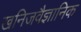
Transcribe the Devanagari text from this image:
खनिजवैज्ञानिक